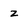
Character: z